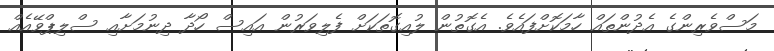
މަސްވެރިންގެ އެދުންތައް ހާމަކޮށްފައެވެ. އެގޮތުން ލުއިގޮތަކަށް ފެލިވަރުން އައިސް ހޯދާ ދިނުމަށާއި ސްލިޕްވޭއެއް